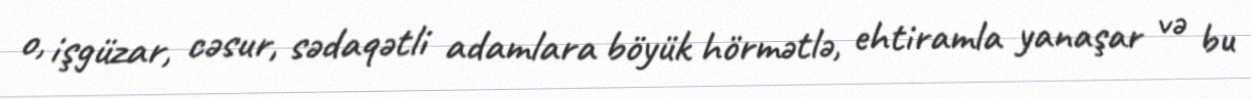
o, işgüzar, cəsur, sədaqətli adamlara böyük hörmətlə, ehtiramla yanaşar və bu